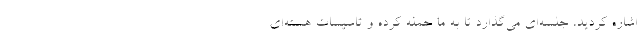
اشاره کردید، جلسه‌ای می‌گذارد تا به ما حمله کرده و تاسیسات هسته‌ای